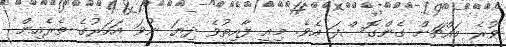
ވުރެ މައްޗަށް ގެންގޮސްފަ އެވެ. މިއީ ފާއިތުވެ ދިޔަ ނުވަ އަހަރުގެ ތެރެއިން